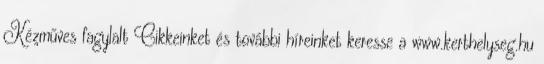
Kézműves fagylalt Cikkeinket és további híreinket keresse a www.kerthelyseg.hu